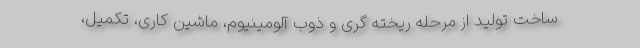
ساخت تولید از مرحله ریخته گری و ذوب آلومینیوم، ماشین کاری، تکمیل،